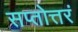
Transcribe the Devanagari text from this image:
सप्तोत्तरं